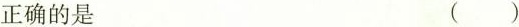
正确的是 （）